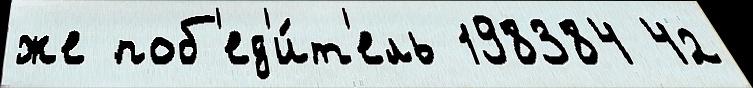
же поб'ед'и́т'ель 198384 42